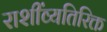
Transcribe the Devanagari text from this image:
राशींव्यतिरिक्त